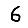
Digit: 6